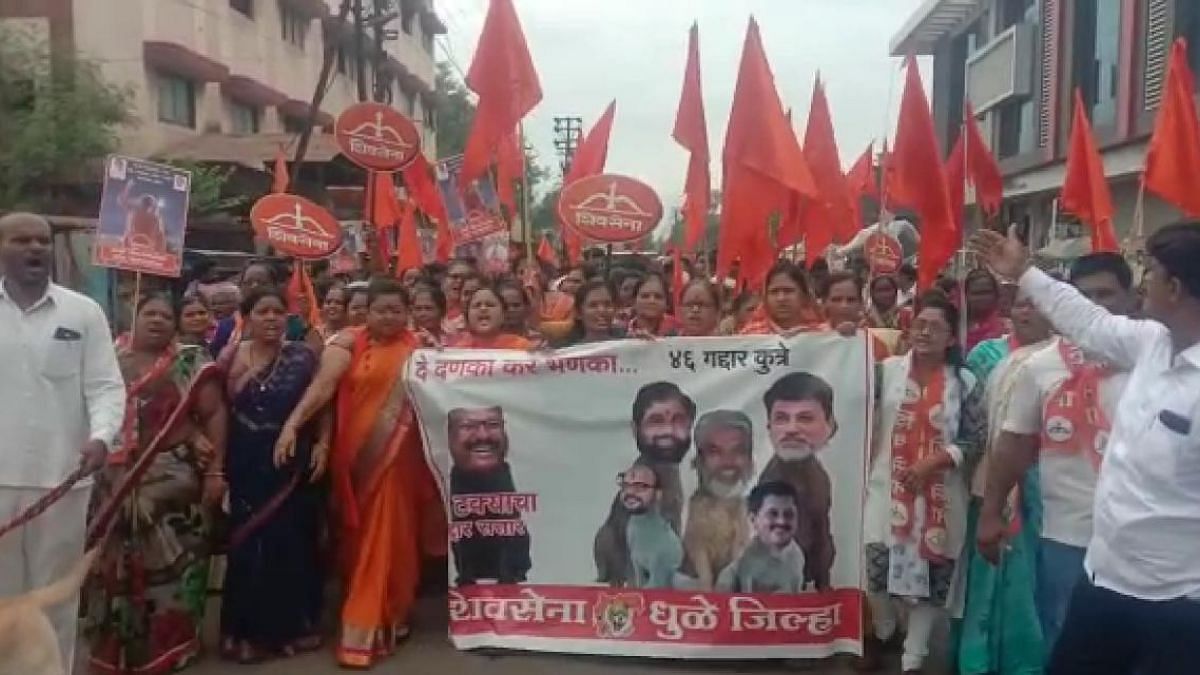
Language: marathi
Transcription: जिल्हा धुळे गद्दार कुत्रे दणका कर भणका...